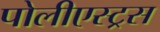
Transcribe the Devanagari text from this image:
पोलीएस्ट्रस